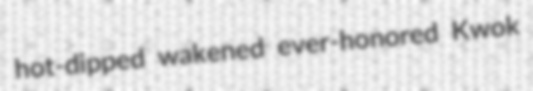
hot-dipped wakened ever-honored Kwok